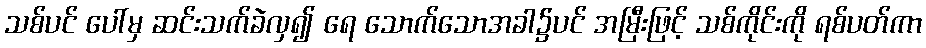
သစ်ပင် ပေါ်မှ ဆင်းသက်ခဲလှ၍ ရေ သောက်သောအခါ၌ပင် အမြီးဖြင့် သစ်ကိုင်းကို ရစ်ပတ်ကာ